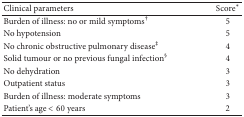
| Clinical parameters | Score* |
 | --- | --- |
 | Burden of illness: no or mild symptoms† | 5 |
 | No hypotension | 5 |
 | No chronic obstructive pulmonary disease‡ | 4 |
 | Solid tumour or no previous fungal infection§ | 4 |
 | No dehydration | 3 |
 | Outpatient status | 3 |
 | Burden of illness: moderate symptoms | 3 |
 | Patient's age < 60 years | 2 |